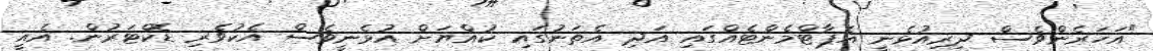
"އަހަރެންވެސް ދިރިއުޅެނީ އެޕާޓްމެންޓެއްގައި އަދި އެތަނުގައި ކުއްޔަށް އުޅެނީވެސް އެކުވެރި ޑޮކްޓަރުން. އެއީ